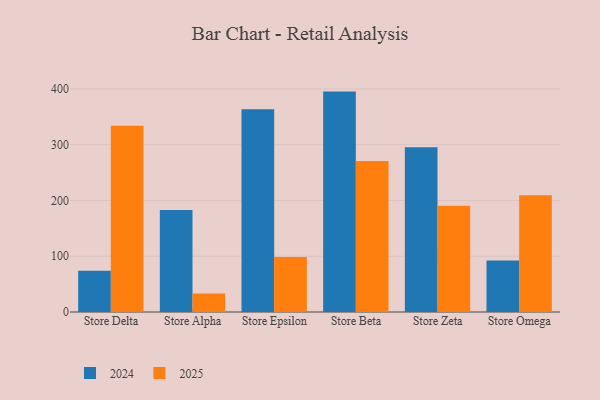
{"axis": {"x": "Store", "y": "Backlog"}, "legend": ["2024", "2025"], "data": [{"x": "Store Delta", "y": 73.8, "type": "2024"}, {"x": "Store Delta", "y": 334.1, "type": "2025"}, {"x": "Store Alpha", "y": 182.9, "type": "2024"}, {"x": "Store Alpha", "y": 33.0, "type": "2025"}, {"x": "Store Epsilon", "y": 363.5, "type": "2024"}, {"x": "Store Epsilon", "y": 98.5, "type": "2025"}, {"x": "Store Beta", "y": 395.2, "type": "2024"}, {"x": "Store Beta", "y": 270.8, "type": "2025"}, {"x": "Store Zeta", "y": 295.5, "type": "2024"}, {"x": "Store Zeta", "y": 190.5, "type": "2025"}, {"x": "Store Omega", "y": 92.2, "type": "2024"}, {"x": "Store Omega", "y": 209.4, "type": "2025"}]}